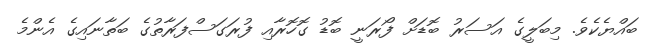
ބައްޔެކެވެ. މިބަލީގެ އަސަރު ބޮޑަށް ފޯރަނީ ބޮޑު ގޮހޮރާއި ފުރަގަސްފަރާތުގެ ބަތާނައިގެ އެންމެ